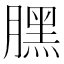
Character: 𣎚